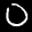
Label: 0